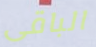
الباقى